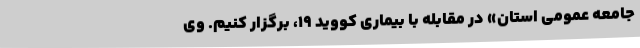
جامعه عمومی استان» در مقابله با بیماری کووید 19، برگزار کنیم. وی